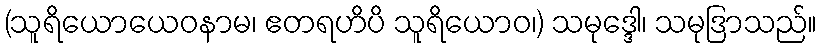
(သူရိယောယေဝနာမ၊ ဧတရဟိပိ သူရိယောဝ၊) သမုဒ္ဒေါ၊ သမုဒြာသည်။